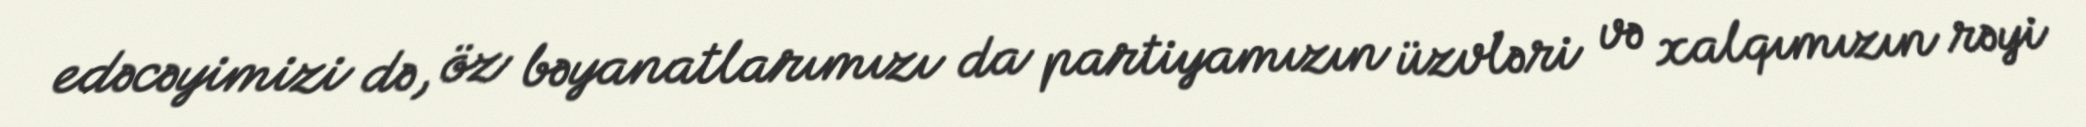
edəcəyimizi də, öz bəyanatlarımızı da partiyamızın üzvləri və xalqımızın rəyi